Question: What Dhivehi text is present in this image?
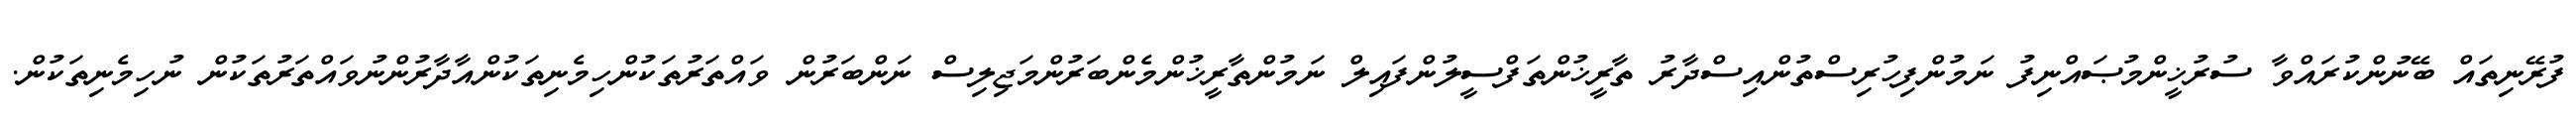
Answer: ފުރޭނިތައް ބޭނުންކުރައްވާ ސުރުޚީންމުޞައްނިފު ނަމުންފިހުރިސްތުންއިސްދާރު ތާރީޚުންތަފްސީލުންފައިލް ނަމުންތާރީޚުންމެންބަރުންމަޖިލިސް ނަންބަރުން ވައްތަރުތަކުންހިމެނިތަކުންއާދާރުންނުވައްތަރުތަކުން ނުހިމެނިތަކުން.